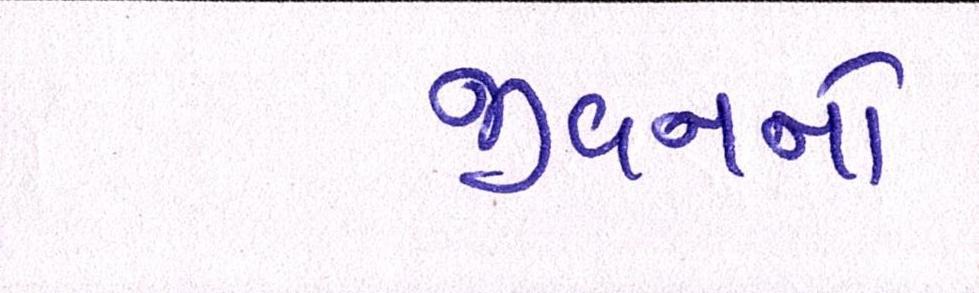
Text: જીવનનો